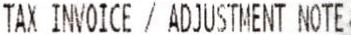
TAX INVOICE / ADJUSTMENT NOTE